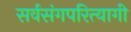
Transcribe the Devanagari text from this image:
सर्वसंगपरित्यागी